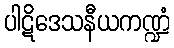
ပါဋိဒေသနီယကဏ္ဍံ